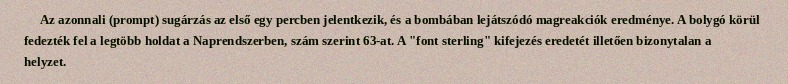
Az azonnali (prompt) sugárzás az első egy percben jelentkezik, és a bombában lejátszódó magreakciók eredménye. A bolygó körül fedezték fel a legtöbb holdat a Naprendszerben, szám szerint 63-at. A "font sterling" kifejezés eredetét illetően bizonytalan a helyzet.